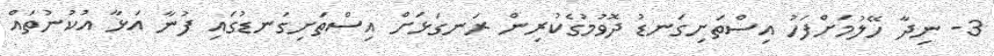
3- ނިދާ ހޭލުމަށްފަހު އިސްތަށިގަނޑު ދޮވުމުގެކުރިން ރަނގަޅަށް އިސްތަށިގަނޑުގައި ފުނާ އަޅާ އުކުނުތައް